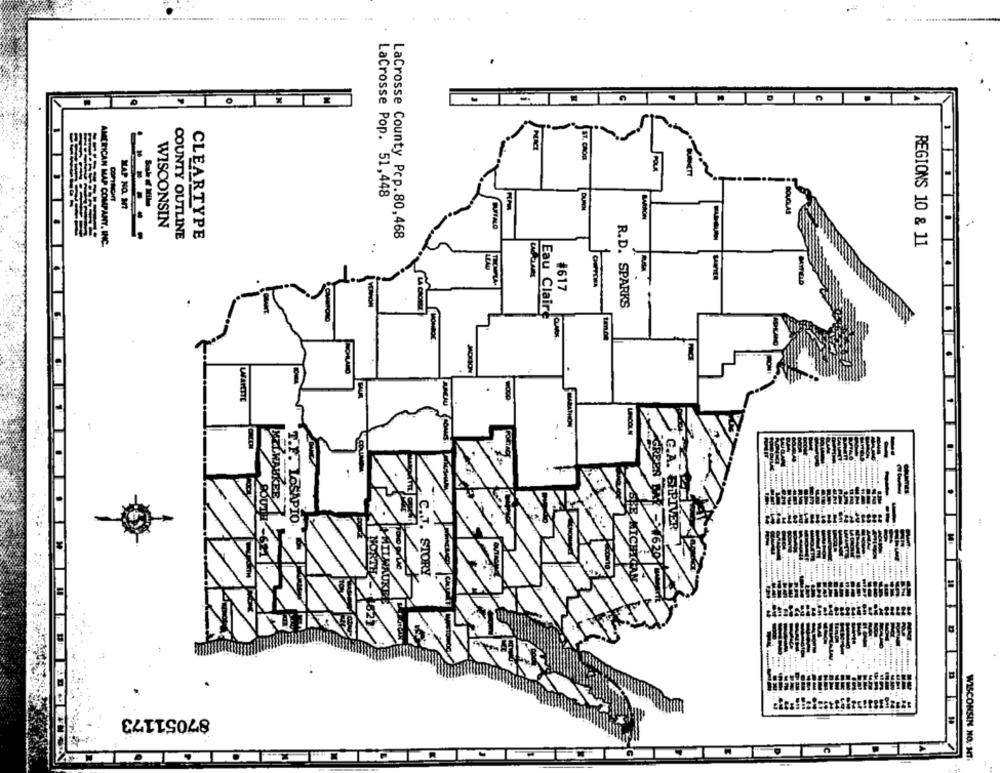
POLA
LaCrosse Pop. 51,448
COPYNICHT
MAP NO. 37
DUNN
BOUGLA
MARRÓN
WISCONSIN
BUFFALO
COUNTY OUTLINE
CLEARTYPE
LaCrosse County Pcp.80,468
AMERICAN MAP COMPANY, INC.
REGIONS 10 & 11
TROMPLA.
#617
OUTLWA
R.D. SPARKS
Eau Claire
MONDO
LAND
LFAYETTE
MARATHON
PORTA
COLL
-
GREEN
OSAPIO
G.A. ERPIVER
EB MICH
621
46207
ORTH
STORY
87051173
WISCONSIN NO. 37